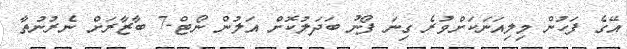
އޭގެ ފަހުން މިލިއަނަކަށްވުރެ ގިނަ ފޯނު ބަދަލުކޮށް އަލުން ނޯޓް-7 ބާޒާރަށް ނެރުނުތާ